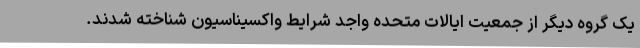
یک گروه دیگر از جمعیت ایالات متحده واجد شرایط واکسیناسیون شناخته شدند.